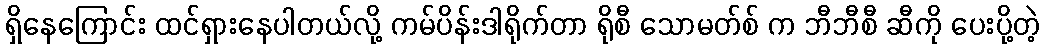
ရှိနေကြောင်း ထင်ရှားနေပါတယ်လို့ ကမ်ပိန်းဒါရိုက်တာ ရိုစီ သောမတ်စ် က ဘီဘီစီ ဆီကို ပေးပို့တဲ့